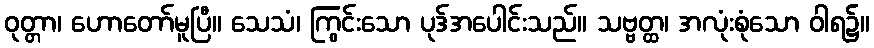
ဝုတ္တာ၊ ဟောတော်မူပြီ။ သေသံ၊ ကြွင်းသော ပုဒ်အပေါင်းသည်။ သဗ္ဗတ္ထ၊ အလုံးစုံသော ဝါရ၌။